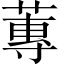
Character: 蓴